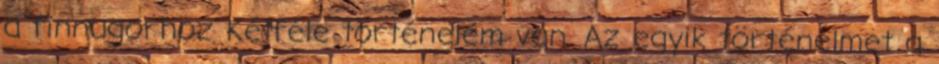
a finnugorhoz Kétféle történelem van. Az egyik történelmet a